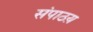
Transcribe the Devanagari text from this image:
संपाठय़